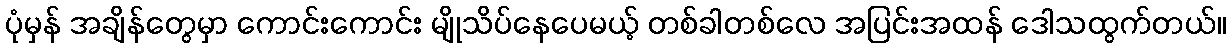
ပုံမှန် အချိန်တွေမှာ ကောင်းကောင်း မျိုသိပ်နေပေမယ့် တစ်ခါတစ်လေ အပြင်းအထန် ဒေါသထွက်တယ်။